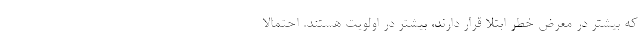
که بیشتر در معرض خطر ابتلا قرار دارند، بیشتر در اولویت هستند. احتمالا